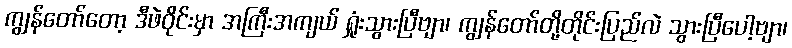
ကျွန်တော်တော့ ဒီဖဲဝိုင်းမှာ အကြီးအကျယ် ရှုံးသွားပြီဗျာ၊ ကျွန်တော်တို့တိုင်းပြည်လဲ သွားပြီပေါ့ဗျာ၊